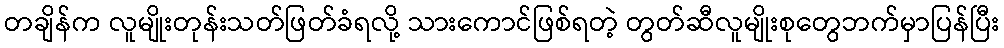
တချိန်က လူမျိုးတုန်းသတ်ဖြတ်ခံရလို့ သားကောင်ဖြစ်ရတဲ့ တွတ်ဆီလူမျိုးစုတွေဘက်မှာပြန်ပြီး